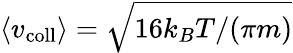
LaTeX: \langle v_{\mathrm{coll}}\rangle=\sqrt{16k_{B}T/(\pi m)}